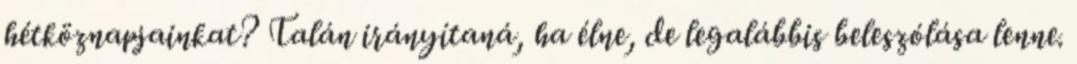
hétköznapjainkat? Talán irányítaná, ha élne, de legalábbis beleszólása lenne.